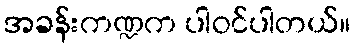
အခန်းကဏ္ဍက ပါဝင်ပါတယ်။